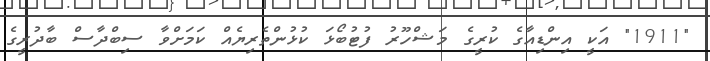
"1911" އަކީ އިންޑިއާގެ ކުރީގެ މަޝްހޫރު ފުޓުބޯޅަ ކުޅުންތެރިޔެއް ކަމަށްވާ ސިބްދާސް ބާދުރީގެ